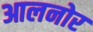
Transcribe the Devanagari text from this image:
आलनोर